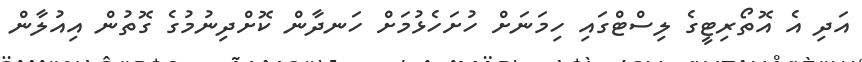
އަދި އެ އޮތޯރިޓީގެ ލިސްޓްގައި ހިމަނަށް ހުށަހެޅުމަށް ހަނދާން ކޮށްދިނުމުގެ ގޮތުން އިއުލާން